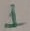
Text: 1